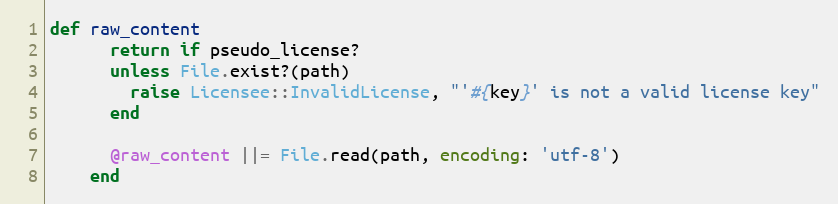
Language: Ruby
def raw_content
      return if pseudo_license?
      unless File.exist?(path)
        raise Licensee::InvalidLicense, "'#{key}' is not a valid license key"
      end

      @raw_content ||= File.read(path, encoding: 'utf-8')
    end